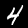
Digit: 4